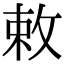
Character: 敕